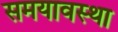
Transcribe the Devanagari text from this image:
समयावस्था